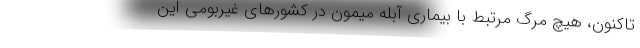
تاکنون، هیچ مرگ مرتبط با بیماری آبله میمون در کشورهای غیربومی این